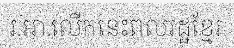
រ.អា.លើកនេះពលរដ្ឋខ្មែរ